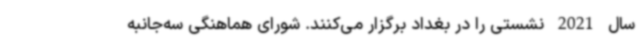
سال 2021 نشستی را در بغداد برگزار می‌کنند. شورای هماهنگی سه‌جانبه